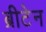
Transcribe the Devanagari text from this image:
ब्रीटेन